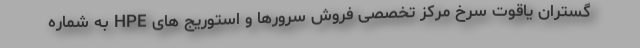
گستران یاقوت سرخ مرکز تخصصی فروش سرورها و استوریج های HPE به شماره